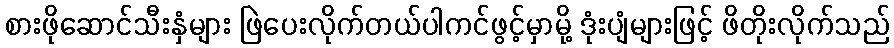
စားဖိုဆောင်သီးနှံများ ဖြဲပေးလိုက်တယ်ပါကင်ဖွင့်မှာမို့ ဒုံးပျံများဖြင့် ဖိတိုးလိုက်သည်